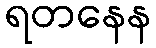
ရတနေန